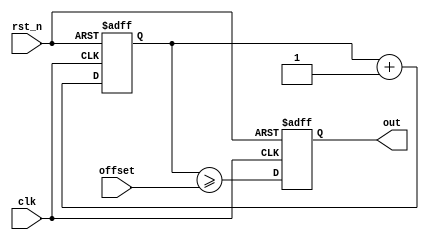
////////////////////////////////////////////////////////////////////////////////////
//                                                                                //
// Module : TX Zero pattern generator                                             //
//                                                                                //
//                                                                                //
// Copyright Superlative Semiconductor LLC 2021                                   //
// This source describes Open Hardware and is licensed under the CERN-OHL-P v2    //
// You may redistribute and modify this documentation and make products           //
// using it under the terms of the CERN-OHL-P v2 (https:/cern.ch/cern-ohl).       //
// This documentation is distributed WITHOUT ANY EXPRESS OR IMPLIED               //
// WARRANTY, INCLUDING OF MERCHANTABILITY, SATISFACTORY QUALITY                   //
// AND FITNESS FOR A PARTICULAR PURPOSE. Please see the CERN-OHL-P v2             //
// for applicable conditions.                                                     //
//                                                                                //
// Description:                                                                   //
//    In order to save LUT, we don't use a TX Q SDM. Rather, since we intend to   //
//    output zero signal on the Q channel, we play back a pattern whose harmonics //
//    end up on the nulls of the SX1257 TX DAC FIR filter. In order for this to   //
//    work as well as possible, we must choose a fundamental frequency low enough //
//    so that its harmonic energy is spread to higher frequencies, but high       //
//    enough to experience significant filtering from the analog TX filter (since //
//    the TX DAC FIR nulls will not be perfect.)                                  //
//                                                                                //
//    Revisions:                                                                  //
//    122320 Add SPI control of offset.                                           //
//                                                                                //
////////////////////////////////////////////////////////////////////////////////////

module tx_zero_pattern_gen_c8g
    (
        // Inputs
        input wire clk,
        input wire rst_n,
        input wire [3:0] offset,
        // Outputs
        output reg out
    );
    
    // Parameter and localparam declarations
    // Register and wire declarations
    wire            result;
    // Here we implement a trivial divide-by-16 clock
    reg    [3:0]    counter;
    
    // Combinational logic - assign statements
    assign    result    =    counter >= offset; 
    
    always @(posedge clk or negedge rst_n) begin
        if(!rst_n) begin
            counter    <=    4'b0;
            out        <=    1'b0;
        end else begin
            counter    <=    counter+4'b1;
            out        <=    result;
        end
    end
endmodule